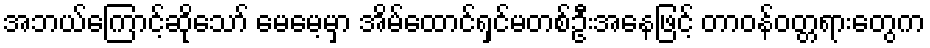
အဘယ်ကြောင့်ဆိုသော် မေမေ့မှာ အိမ်ထောင်ရှင်မတစ်ဦးအနေဖြင့် တာဝန်ဝတ္တရားတွေက